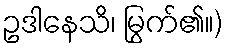
ဥဒါနေသိ၊ မြွက်၏။)